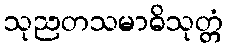
သုညတသမာဓိသုတ္တံ